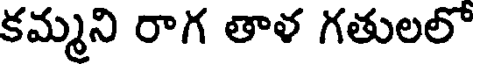
కమ్మని రాగ తాళ గతులలో